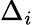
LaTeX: \Delta_{i}